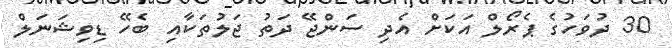
30 ދުވަހުގެ ޕެރޯލް އަކަށް އެދި ސަންޖޭ ދަތު ޖަލުތަކާއި ބެހޭ ޑިވިޝަނަލް